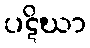
ပဋိဃာ